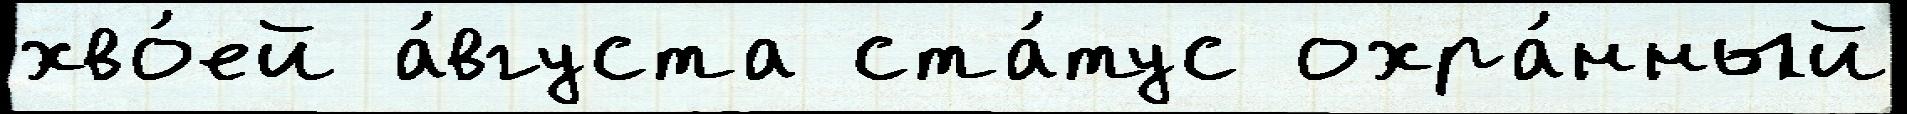
хво́ей а́вгуста ста́тус охра́нный